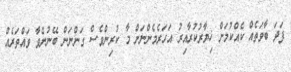
ފަދަ ބާވަތެއް ކެއްކުމަށް ޚިޔާރުކުރާއިރު އަހަރެމެންނަށް މާ ކުރިންވެސް ގަންނަން ބޭނުންވާ ވައްތަރެއް